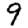
Digit: 9